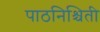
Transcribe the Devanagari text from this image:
पाठनिश्चिती